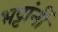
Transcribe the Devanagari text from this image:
भट्टांनीं